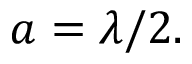
a = \lambda / 2 .